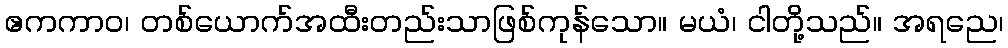
ဧကကာဝ၊ တစ်ယောက်အထီးတည်းသာဖြစ်ကုန်သော။ မယံ၊ ငါတို့သည်။ အရညေ၊